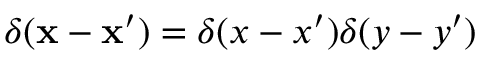
\delta ( \mathbf { x } - \mathbf { x } ^ { \prime } ) = \delta ( x - x ^ { \prime } ) \delta ( y - y ^ { \prime } )